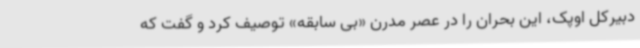
دبیرکل اوپک، این بحران را در عصر مدرن «بی سابقه» توصیف کرد و گفت که